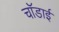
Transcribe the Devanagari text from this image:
चॉडाई